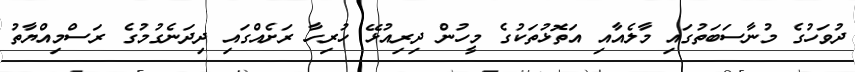
ދުވަހުގެ މުނާސަބަތުގައި މާލެއާއި އަތޮޅުތަކުގެ މީހުން ދިރިއުޅޭ ހުރިހާ ރަށެއްގައި ދިދަނެގުމުގެ ރަސްމިއްޔާތު